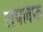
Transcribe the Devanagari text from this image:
रायलफ़